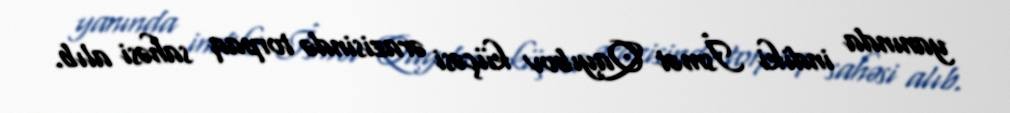
yanında indiki İsmət Qayıbov küçəsi ərazisində torpaq sahəsi alıb.